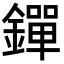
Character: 𨭐